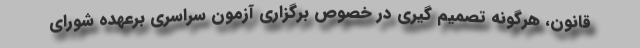
قانون، هرگونه تصمیم گیری در خصوص برگزاری آزمون سراسری برعهده شورای